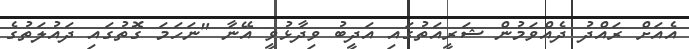
އެއަށް ރައްދު ދެއްވަމުން ޝަރީއަތުގައި އަދީބު ވިދާޅުވީ އޭނާ "ނަހަމަ ގޮތުގައި ދައުލަތުގެ